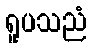
ရူပသညံ